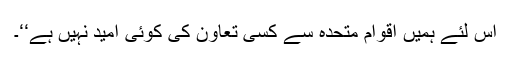
اس لئے ہمیں اقوام متحدہ سے کسی تعاون کی کوئی امید نہیں ہے‘‘۔